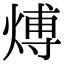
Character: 煿